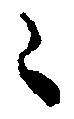
々